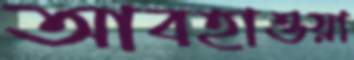
আবহাওয়া